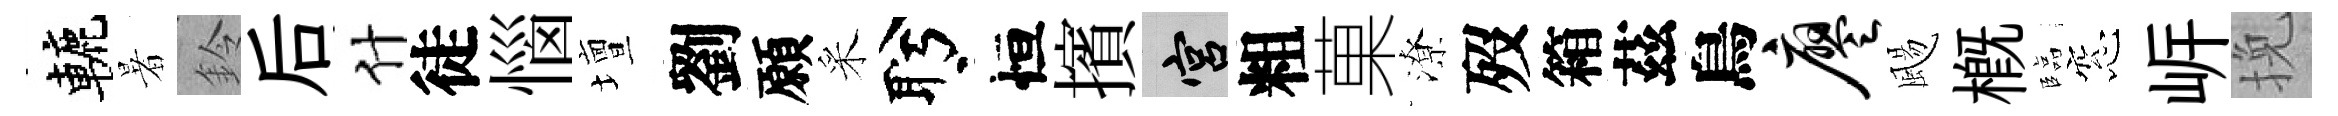
轆暑鈴后什徒惱壇劉願采盻恒擯宫粗菓潦歿箱茲鳥廖颺槪臨窓㟁挽